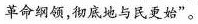
革命纲领，彻底地与民更始”。